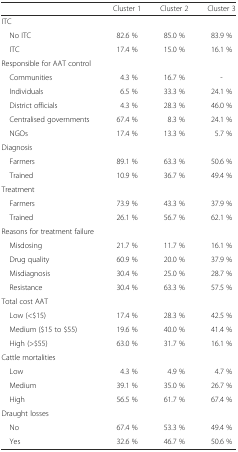
<table><thead><tr><td></td><td><b>Cluster 1</b></td><td><b>Cluster 2</b></td><td><b>Cluster 3</b></td></tr></thead><tbody><tr><td>ITC</td><td></td><td></td><td></td></tr><tr><td> No ITC</td><td>82.6 %</td><td>85.0 %</td><td>83.9 %</td></tr><tr><td> ITC</td><td>17.4 %</td><td>15.0 %</td><td>16.1 %</td></tr><tr><td>Responsible for AAT control</td><td></td><td></td><td></td></tr><tr><td> Communities</td><td>4.3 %</td><td>16.7 %</td><td>-</td></tr><tr><td> Individuals</td><td>6.5 %</td><td>33.3 %</td><td>24.1 %</td></tr><tr><td> District officials</td><td>4.3 %</td><td>28.3 %</td><td>46.0 %</td></tr><tr><td> Centralised governments</td><td>67.4 %</td><td>8.3 %</td><td>24.1 %</td></tr><tr><td> NGOs</td><td>17.4 %</td><td>13.3 %</td><td>5.7 %</td></tr><tr><td>Diagnosis</td><td></td><td></td><td></td></tr><tr><td> Farmers</td><td>89.1 %</td><td>63.3 %</td><td>50.6 %</td></tr><tr><td> Trained</td><td>10.9 %</td><td>36.7 %</td><td>49.4 %</td></tr><tr><td>Treatment</td><td></td><td></td><td></td></tr><tr><td> Farmers</td><td>73.9 %</td><td>43.3 %</td><td>37.9 %</td></tr><tr><td> Trained</td><td>26.1 %</td><td>56.7 %</td><td>62.1 %</td></tr><tr><td>Reasons for treatment failure</td><td></td><td></td><td></td></tr><tr><td> Misdosing</td><td>21.7 %</td><td>11.7 %</td><td>16.1 %</td></tr><tr><td> Drug quality</td><td>60.9 %</td><td>20.0 %</td><td>37.9 %</td></tr><tr><td> Misdiagnosis</td><td>30.4 %</td><td>25.0 %</td><td>28.7 %</td></tr><tr><td> Resistance</td><td>30.4 %</td><td>63.3 %</td><td>57.5 %</td></tr><tr><td>Total cost AAT</td><td></td><td></td><td></td></tr><tr><td> Low (&lt;$15)</td><td>17.4 %</td><td>28.3 %</td><td>42.5 %</td></tr><tr><td> Medium ($15 to $55)</td><td>19.6 %</td><td>40.0 %</td><td>41.4 %</td></tr><tr><td> High (&gt;$55)</td><td>63.0 %</td><td>31.7 %</td><td>16.1 %</td></tr><tr><td>Cattle mortalities</td><td></td><td></td><td></td></tr><tr><td> Low</td><td>4.3 %</td><td>4.9 %</td><td>4.7 %</td></tr><tr><td> Medium</td><td>39.1 %</td><td>35.0 %</td><td>26.7 %</td></tr><tr><td> High</td><td>56.5 %</td><td>61.7 %</td><td>67.4 %</td></tr><tr><td>Draught losses</td><td></td><td></td><td></td></tr><tr><td> No</td><td>67.4 %</td><td>53.3 %</td><td>49.4 %</td></tr><tr><td> Yes</td><td>32.6 %</td><td>46.7 %</td><td>50.6 %</td></tr></tbody></table>